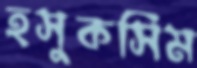
হসুকসিম